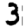
Digit: 3